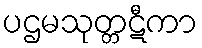
ပဌမသုတ္တဋီကာ